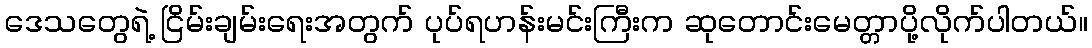
ဒေသတွေရဲ့ ငြိမ်းချမ်းရေးအတွက် ပုပ်ရဟန်းမင်းကြီးက ဆုတောင်းမေတ္တာပို့လိုက်ပါတယ်။